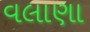
વલાણા